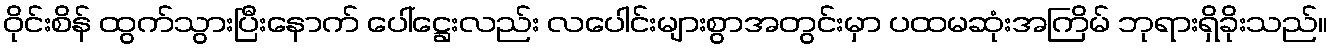
ဝိုင်းစိန် ထွက်သွားပြီးနောက် ပေါ်ဋ္ဌေးလည်း လပေါင်းများစွာအတွင်းမှာ ပထမဆုံးအကြိမ် ဘုရားရှိခိုးသည်။